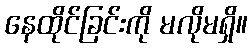
နေထိုင်ခြင်းကို မလိုမရှိ။